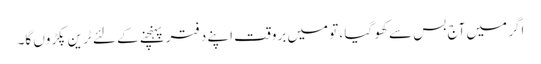
اگر میں آج بس سے کھو گیا ، تو میں بروقت اپنے دفتر پہنچنے کے لئے ٹرین پکڑوں گا۔